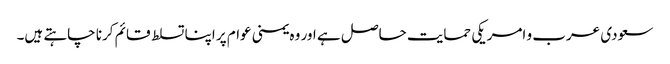
سعودی عرب و امریکی حمایت حاصل ہے اور وہ یمنی عوام پر اپنا تسلط قائم کرنا چاہتے ہیں۔